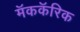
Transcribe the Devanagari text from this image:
मॅककॅरिक